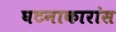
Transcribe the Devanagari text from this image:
घटनाकारांस